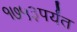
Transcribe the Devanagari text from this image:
१७५३पर्यंत